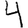
Digit: 4